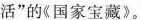
活”的《国家宝藏》。